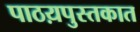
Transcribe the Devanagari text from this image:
पाठय़पुस्तकात